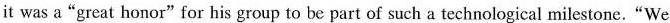
it was a“great honor" for his group to be part of such a technological milestone. “We